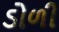
ડોળી